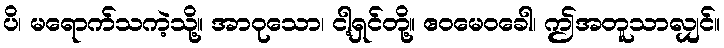
ပိ၊ မရောက်သကဲ့သို့။ အာဝုသော၊ ငါ့ရှင်တို့။ ဧဝမေဝခေါ၊ ဤအတူသာလျှင်။